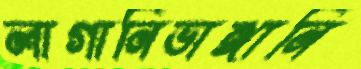
লাগানিভাঙ্গানি